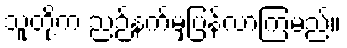
သူတို့က ညဉ့်နက်မှပြန်လာကြမည်။